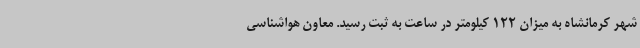
شهر کرمانشاه به میزان 122 کیلومتر در ساعت به ثبت رسید. معاون هواشناسی